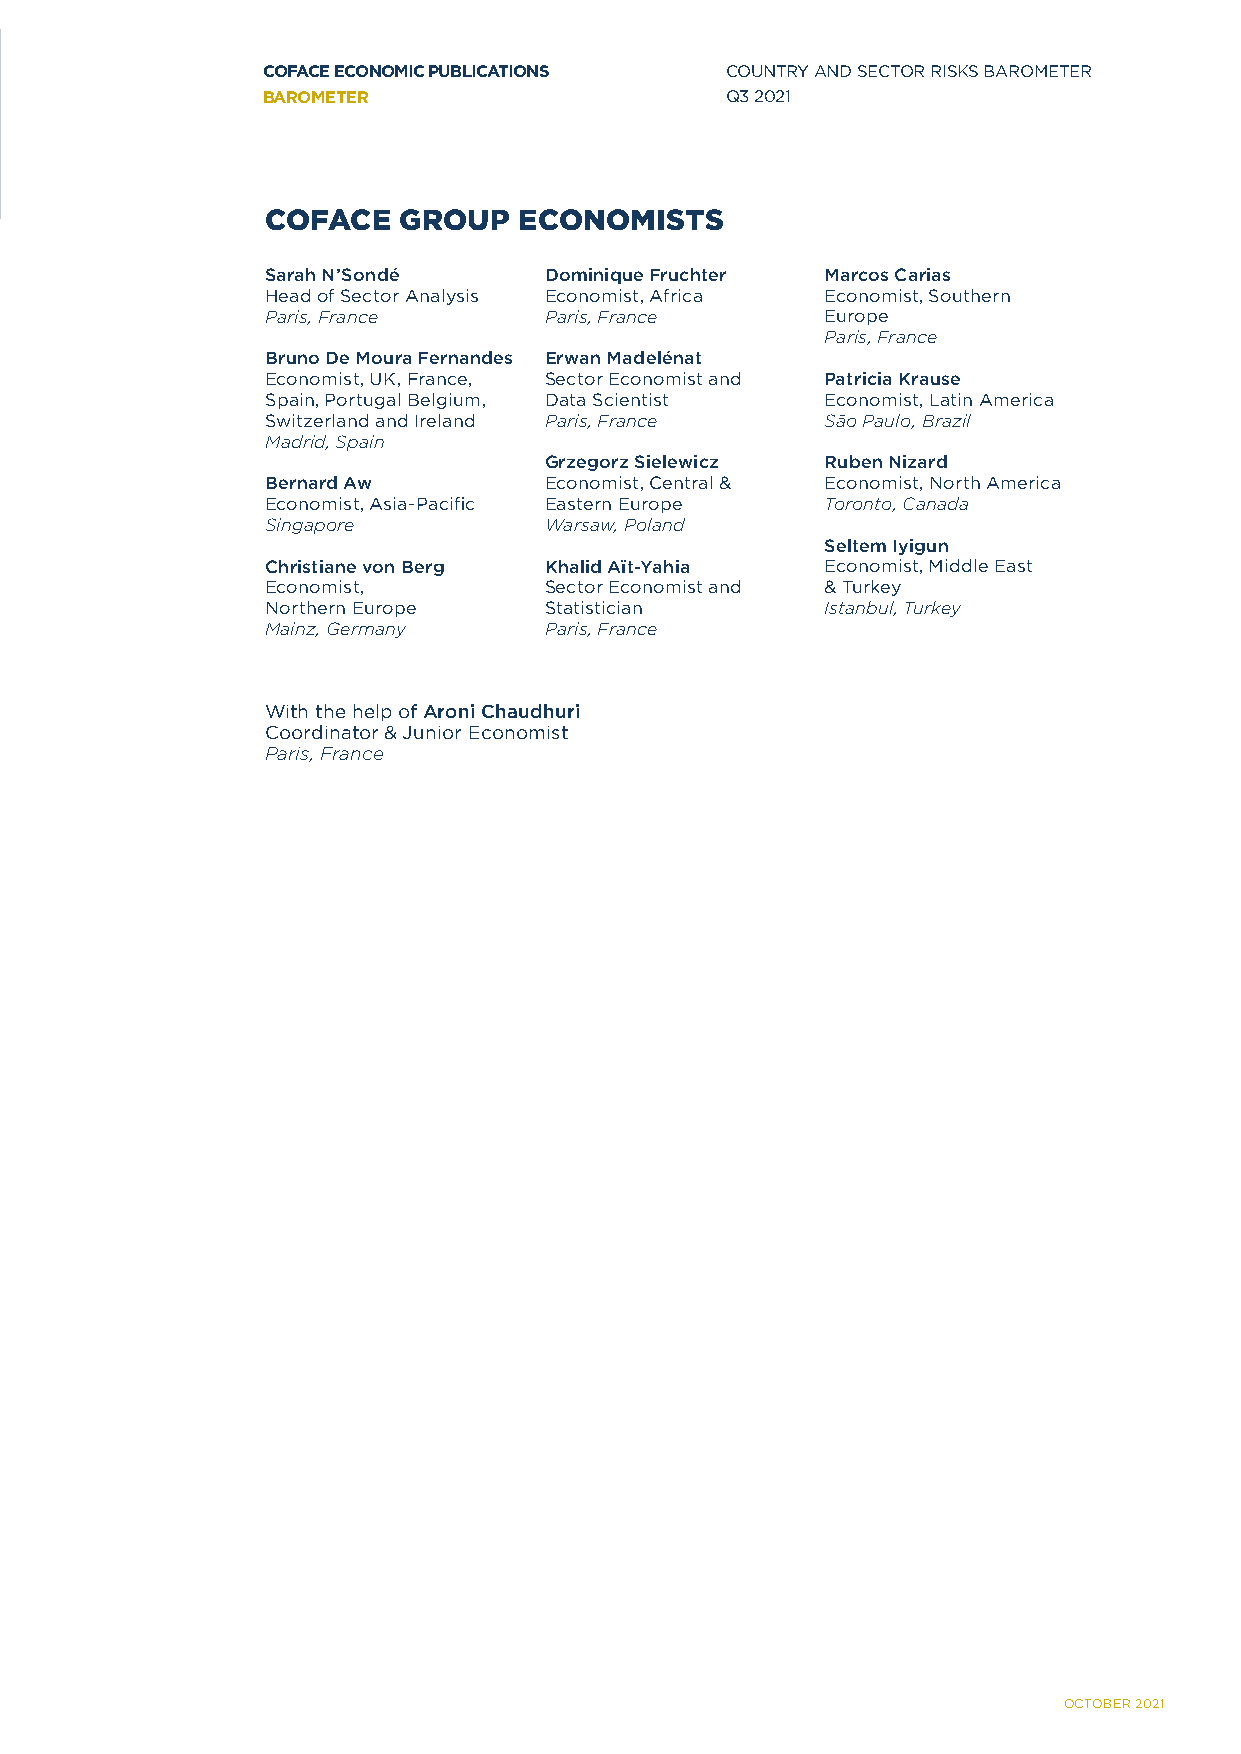
COFACE ECONOMIC PUBLICATIONS   COUNTRY AND SECTOR RISKS BAROMETER
 BAROMETER                      Q3 2021
 SECTOR RISK ASSESSMENTS
 3rd quarter 2021
 COFACE  GROUP   ECONOMISTS
 Sarah N’Sondé     Dominique Fruchter Marcos Carias
 Head of Sector Analysis Economist, Africa Economist, Southern
 Paris, France     Paris, France      Europe
 Paris, France
 Bruno De Moura Fernandes Erwan Madelénat
 Economist, UK, France, Sector Economist and Patricia Krause
 Spain, Portugal Belgium, Data Scientist Economist, Latin America
 Switzerland and Ireland Paris, France São Paulo, Brazil
 Madrid, Spain
 Grzegorz Sielewicz Ruben Nizard
 Bernard Aw        Economist, Central & Economist, North America
 Economist, Asia-Pacific Eastern Europe Toronto, Canada
 Singapore         Warsaw, Poland
 Seltem Iyigun
 Christiane von Berg Khalid Aït-Yahia Economist, Middle East
 Economist,        Sector Economist and & Turkey
 Northern Europe   Statistician       Istanbul, Turkey
 Mainz, Germany    Paris, France
 With the help of Aroni Chaudhuri
 Coordinator & Junior Economist
 Paris, France
 OCTOBER 2021